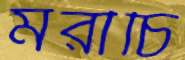
মরীচি